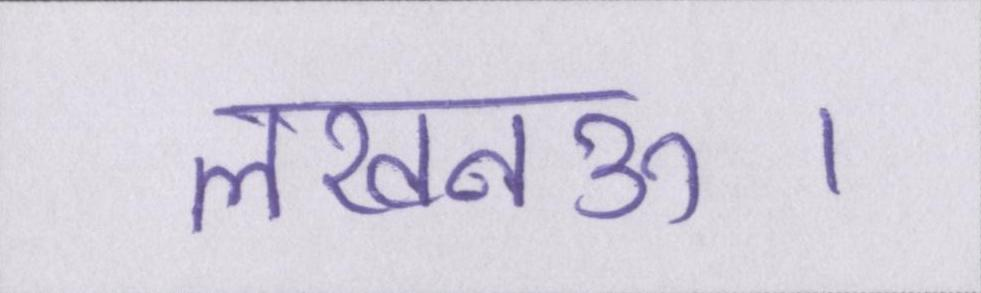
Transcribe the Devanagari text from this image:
लखनऊ।